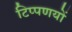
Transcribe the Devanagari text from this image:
टिप्पणयों